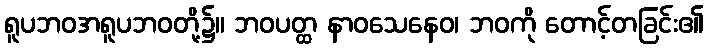
ရူပဘဝအရူပဘဝတို့၌။ ဘဝပတ္ထ နာဝသေနေဝ၊ ဘဝကို တောင့်တခြင်း၏